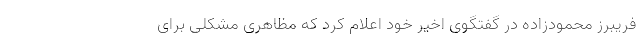
فریبرز محمودزاده در گفتگوی اخیر خود اعلام کرد که مظاهری مشکلی برای